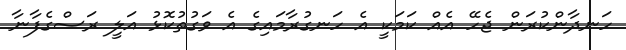
ހަނދާންކުރަން ޖެހޭ އެއް ކަމަކީ އެ ހަނގުރާމައިގެ އެ ވަގުތުކޮޅު އަލީ ރަސްގެފާނާ